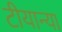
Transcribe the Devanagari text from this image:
टीयान्या